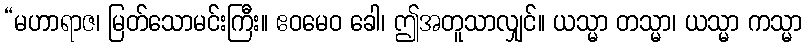
“မဟာရာဇ၊ မြတ်သောမင်းကြီး။ ဧဝမေဝ ခေါ၊ ဤအတူသာလျှင်။ ယသ္မာ တသ္မာ၊ ယသ္မာ ကသ္မာ